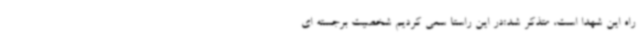
راه این شهدا است، متذکر شد:در این راستا سعی کردیم شخصیت برجسته ای